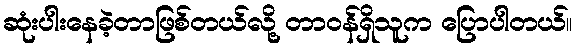
ဆုံးပါးနေခဲ့တာဖြစ်တယ်လို့ တာဝန်ရှိသူက ပြောပါတယ်။